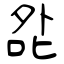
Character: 夞